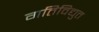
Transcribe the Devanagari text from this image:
गतिविद्युत